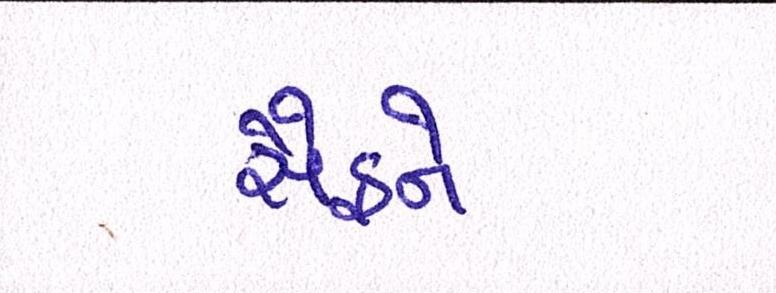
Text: સૈફને